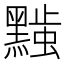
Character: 𬹚